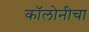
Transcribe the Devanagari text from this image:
कॉलोनीचा